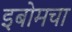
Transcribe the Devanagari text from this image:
इबोमचा